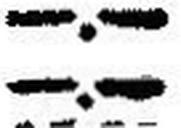
—.—